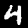
Label: 4